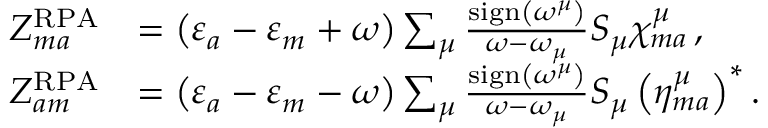
\begin{array} { r l } { Z _ { m a } ^ { \mathrm { R P A } } } & { = \left( \varepsilon _ { a } - \varepsilon _ { m } + \omega \right) \sum _ { \mu } \frac { \mathrm { s i g n } \left( \omega ^ { \mu } \right) } { \omega - \omega _ { \mu } } S _ { \mu } \chi _ { m a } ^ { \mu } \, , } \\ { Z _ { a m } ^ { \mathrm { R P A } } } & { = \left( \varepsilon _ { a } - \varepsilon _ { m } - \omega \right) \sum _ { \mu } \frac { \mathrm { s i g n } \left( \omega ^ { \mu } \right) } { \omega - \omega _ { \mu } } S _ { \mu } \left( \eta _ { m a } ^ { \mu } \right) ^ { * } . } \end{array}